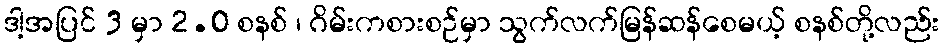
ဒါ့အပြင် 3 မှာ 2.0 စနစ် ၊ ဂိမ်းကစားစဉ်မှာ သွက်လက်မြန်ဆန်စေမယ့် စနစ်တို့လည်း